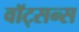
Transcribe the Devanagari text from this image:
वॉट्सन्स